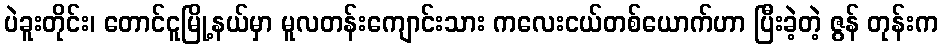
ပဲခူးတိုင်း၊ တောင်ငူမြို့နယ်မှာ မူလတန်းကျောင်းသား ကလေးငယ်တစ်ယောက်ဟာ ပြီးခဲ့တဲ့ ဇွန် တုန်းက